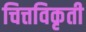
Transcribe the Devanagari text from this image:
चित्तविकृती